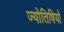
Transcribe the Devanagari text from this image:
ज्योतिषियो